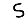
Digit: 5